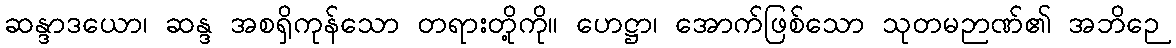
ဆန္ဒာဒယော၊ ဆန္ဒ အစရှိကုန်သော တရားတို့ကို။ ဟေဋ္ဌာ၊ အောက်ဖြစ်သော သုတမဉာဏ်၏ အဘိဉေ